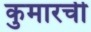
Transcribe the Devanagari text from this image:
कुमारची